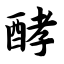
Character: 酵